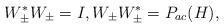
LaTeX: \begin{align*}W_\pm^* W_\pm=I, W_\pm W_\pm^*=P_{ac}(H),\end{align*}